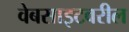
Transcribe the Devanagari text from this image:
वेबसाइटवरील